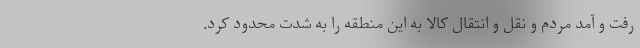
رفت و آمد مردم و نقل و انتقال کالا به این منطقه را به شدت محدود کرد.